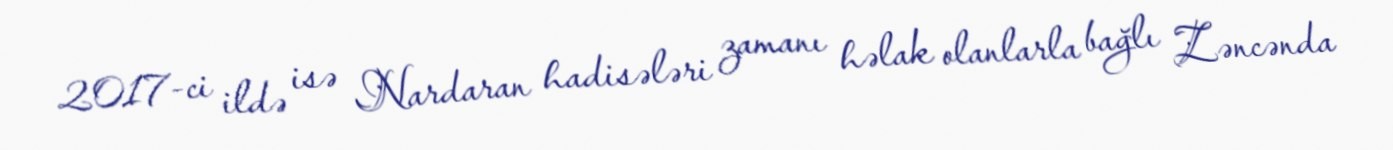
2017-ci ildə isə Nardaran hadisələri zamanı həlak olanlarla bağlı Zəncənda